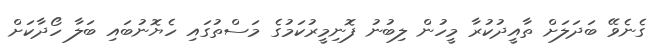
ގެނެވޭ ބަދަލަށް ތާއީދުކުރާ މީހުން ލިބުނު ފޮނިމީރުކަމުގެ މަސްތުގައި ހެޔޮނުބައި ބަލާ ހޯދާކަށް